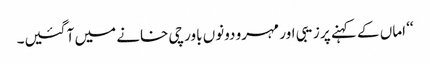
‘‘ اماں کے کہنے پر زیبی اور مہرو دونوں باورچی خانے میں آ گئیں۔